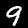
Label: 9